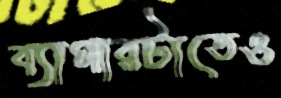
ব্যাপারটাতেও